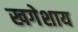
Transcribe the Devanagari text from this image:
खगेशाय